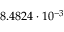
8 . 4 8 2 4 \cdot 1 0 ^ { - 3 }